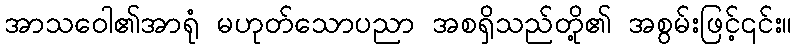
အာသဝေါ၏အာရုံ မဟုတ်သောပညာ အစရှိသည်တို့၏ အစွမ်းဖြင့်၎င်း။